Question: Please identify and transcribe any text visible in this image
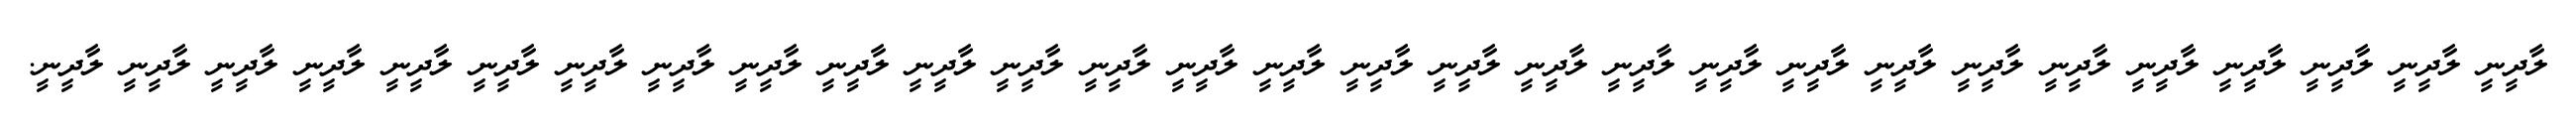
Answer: ލާދީނީ ލާދީނީ ލާދީނީ ލާދީނީ ލާދީނީ ލާދީނީ ލާދީނީ ލާދީނީ ލާދީނީ ލާދީނީ ލާދީނީ ލާދީނީ ލާދީނީ ލާދީނީ ލާދީނީ ލާދީނީ ލާދީނީ ލާދީނީ ލާދީނީ ލާދީނީ ލާދީނީ ލާދީނީ ލާދީނީ ލާދީނީ ލާދީނީ ލާދީނީ ލާދީނީ ލާދީނީ ލާދީނީ.